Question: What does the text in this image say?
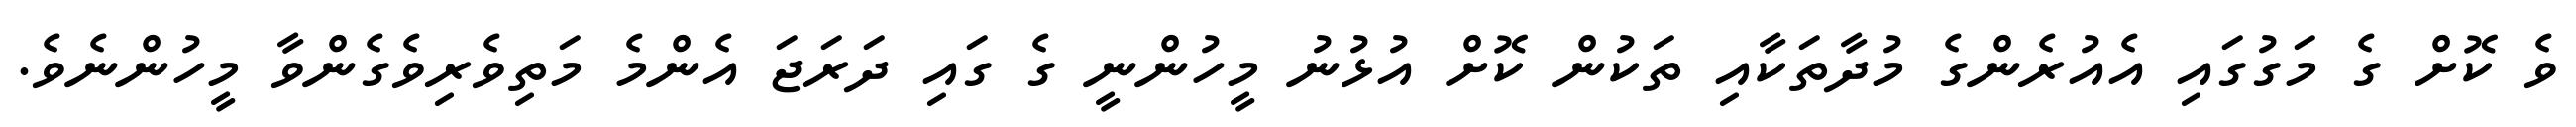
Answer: ވެ ކޮށް ގެ މަގުގައި އެއުރެންގެ މުދާތަކާއި ތަކުން ކޮށް އުޅުނު މީހުންނީ ގެ ގައި ދަރަޖަ އެންމެ މަތިވެރިވެގެންވާ މީހުންނެވެ.